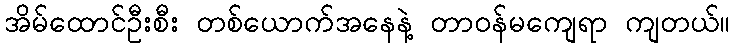
အိမ်ထောင်ဦးစီး တစ်ယောက်အနေနဲ့ တာဝန်မကျေရာ ကျတယ်။